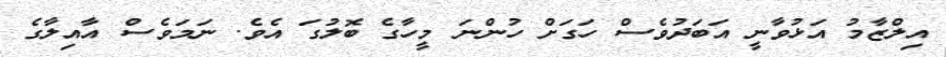
އިލްޒާމު އަޅުވާނީ އަބަދުވެސް ހަގަށް ހުންނަ މީހާގެ ބޮލުގަ އެވެ. ނަމަވެސް އާއިލާގެ